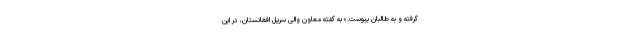
گرفته و به طالبان پیوست.» به گفته معاون والی سرپل افغانستان، در این